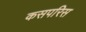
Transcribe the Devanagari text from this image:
कसपरिस